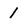
Character: 1